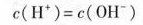
c ( H ^ { + } ) = c ( O H ^ { - } )$$